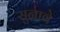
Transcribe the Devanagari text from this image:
सुनावे